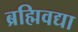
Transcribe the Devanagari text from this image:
ब्रह्मिवद्या